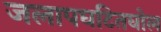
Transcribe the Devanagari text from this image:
जलापघटितघोल